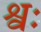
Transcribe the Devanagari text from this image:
श्वः